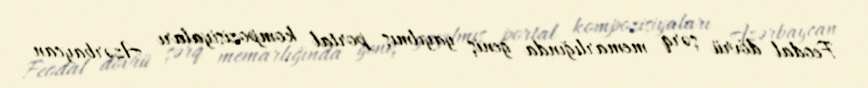
Feodal dövrü şərq memarlığında geniş yayılmış portal kompozisiyaları Azərbaycan